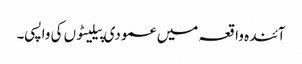
آئندہ واقعہ میں عمودی پیلیٹوں کی واپسی۔